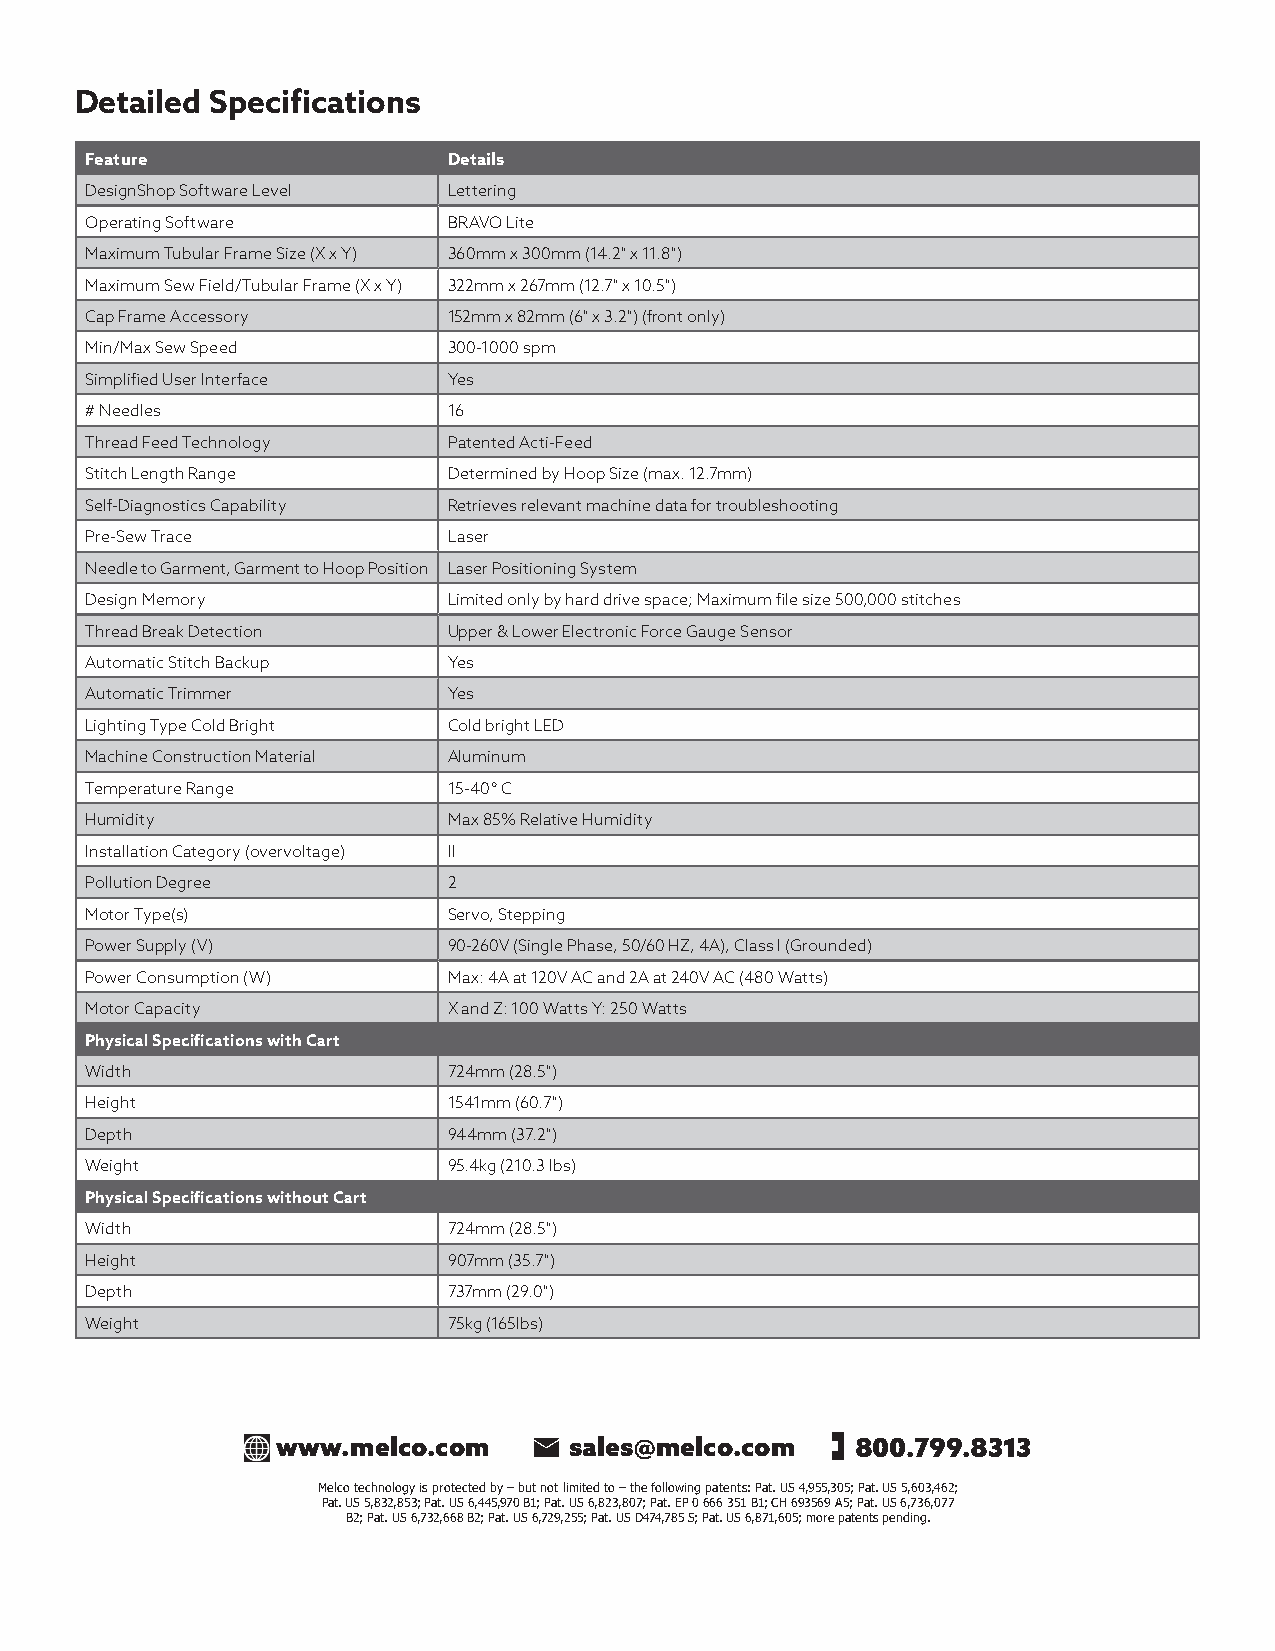
Detailed Specifications
 Feature                 Details
 DesignShop Software Level Lettering
 Operating Software      BRAVO Lite
 Maximum Tubular Frame Size (X x Y) 360mm x 300mm (14.2" x 11.8")
 Maximum Sew Field/Tubular Frame (X x Y) 322mm x 267mm (12.7" x 10.5")
 Cap Frame Accessory     152mm x 82mm (6" x 3.2") (front only)
 Min/Max Sew Speed       300-1000 spm
 Simplified User Interface Yes
 # Needles               16
 Thread Feed Technology  Patented Acti-Feed
 Stitch Length Range     Determined by Hoop Size (max. 12.7mm)
 Self-Diagnostics Capability Retrieves relevant machine data for troubleshooting
 Pre-Sew Trace           Laser
 Needle to Garment, Garment to Hoop Position Laser Positioning System
 Design Memory           Limited only by hard drive space; Maximum file size 500,000 stitches
 Thread Break Detection  Upper & Lower Electronic Force Gauge Sensor
 Automatic Stitch Backup Yes
 Automatic Trimmer       Yes
 Lighting Type Cold Bright Cold bright LED
 Machine Construction Material Aluminum
 Temperature Range       15-40° C
 Humidity                Max 85% Relative Humidity
 Installation Category (overvoltage) II
 Pollution Degree        2
 Motor Type(s)           Servo, Stepping
 Power Supply (V)        90-260V (Single Phase, 50/60 HZ, 4A), Class I (Grounded)
 Power Consumption (W)   Max: 4A at 120V AC and 2A at 240V AC (480 Watts)
 Motor Capacity          X and Z: 100 Watts Y: 250 Watts
 Physical Specifications with Cart
 Width                   724mm (28.5")
 Height                  1541mm (60.7")
 Depth                   944mm (37.2")
 Weight                  95.4kg (210.3 lbs)
 Physical Specifications without Cart
 Width                   724mm (28.5")
 Height                  907mm (35.7")
 Depth                   737mm (29.0")
 Weight                  75kg (165lbs)
 www.melco.com       sales@melco.com    800.799.8313
 Melco technology is protected by – but not limited to – the following patents: Pat. US 4,955,305; Pat. US 5,603,462;
 Pat. US 5,832,853; Pat. US 6,445,970 B1; Pat. US 6,823,807; Pat. EP 0 666 351 B1; CH 693569 A5; Pat. US 6,736,077
 B2; Pat. US 6,732,668 B2; Pat. US 6,729,255; Pat. US D474,785 S; Pat. US 6,871,605; more patents pending.